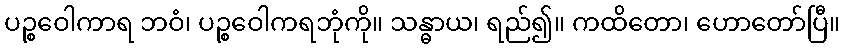
ပဉ္စဝေါကာရ ဘဝံ၊ ပဉ္စဝေါကရဘုံကို။ သန္ဓာယ၊ ရည်၍။ ကထိတော၊ ဟောတော်ပြီ။